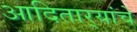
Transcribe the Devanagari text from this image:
आदितार्‍यांचे